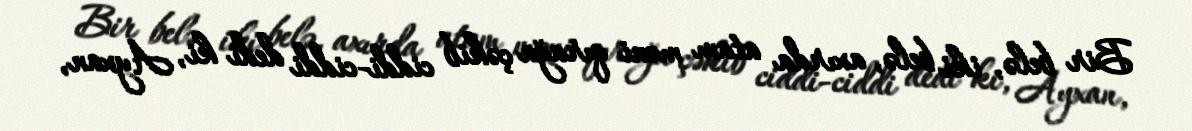
Bir belə, iki belə, axırda atam məni qırağa çəkib ciddi-ciddi dedi ki, Ayxan,